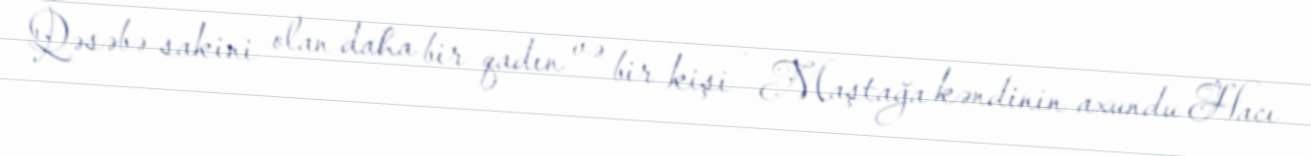
Qəsəbə sakini olan daha bir qadın və bir kişi - Maştağa kəndinin axundu Hacı